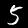
Digit: 5